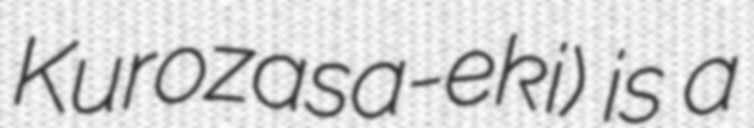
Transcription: Kurozasa-eki) is a